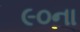
૯૦ના